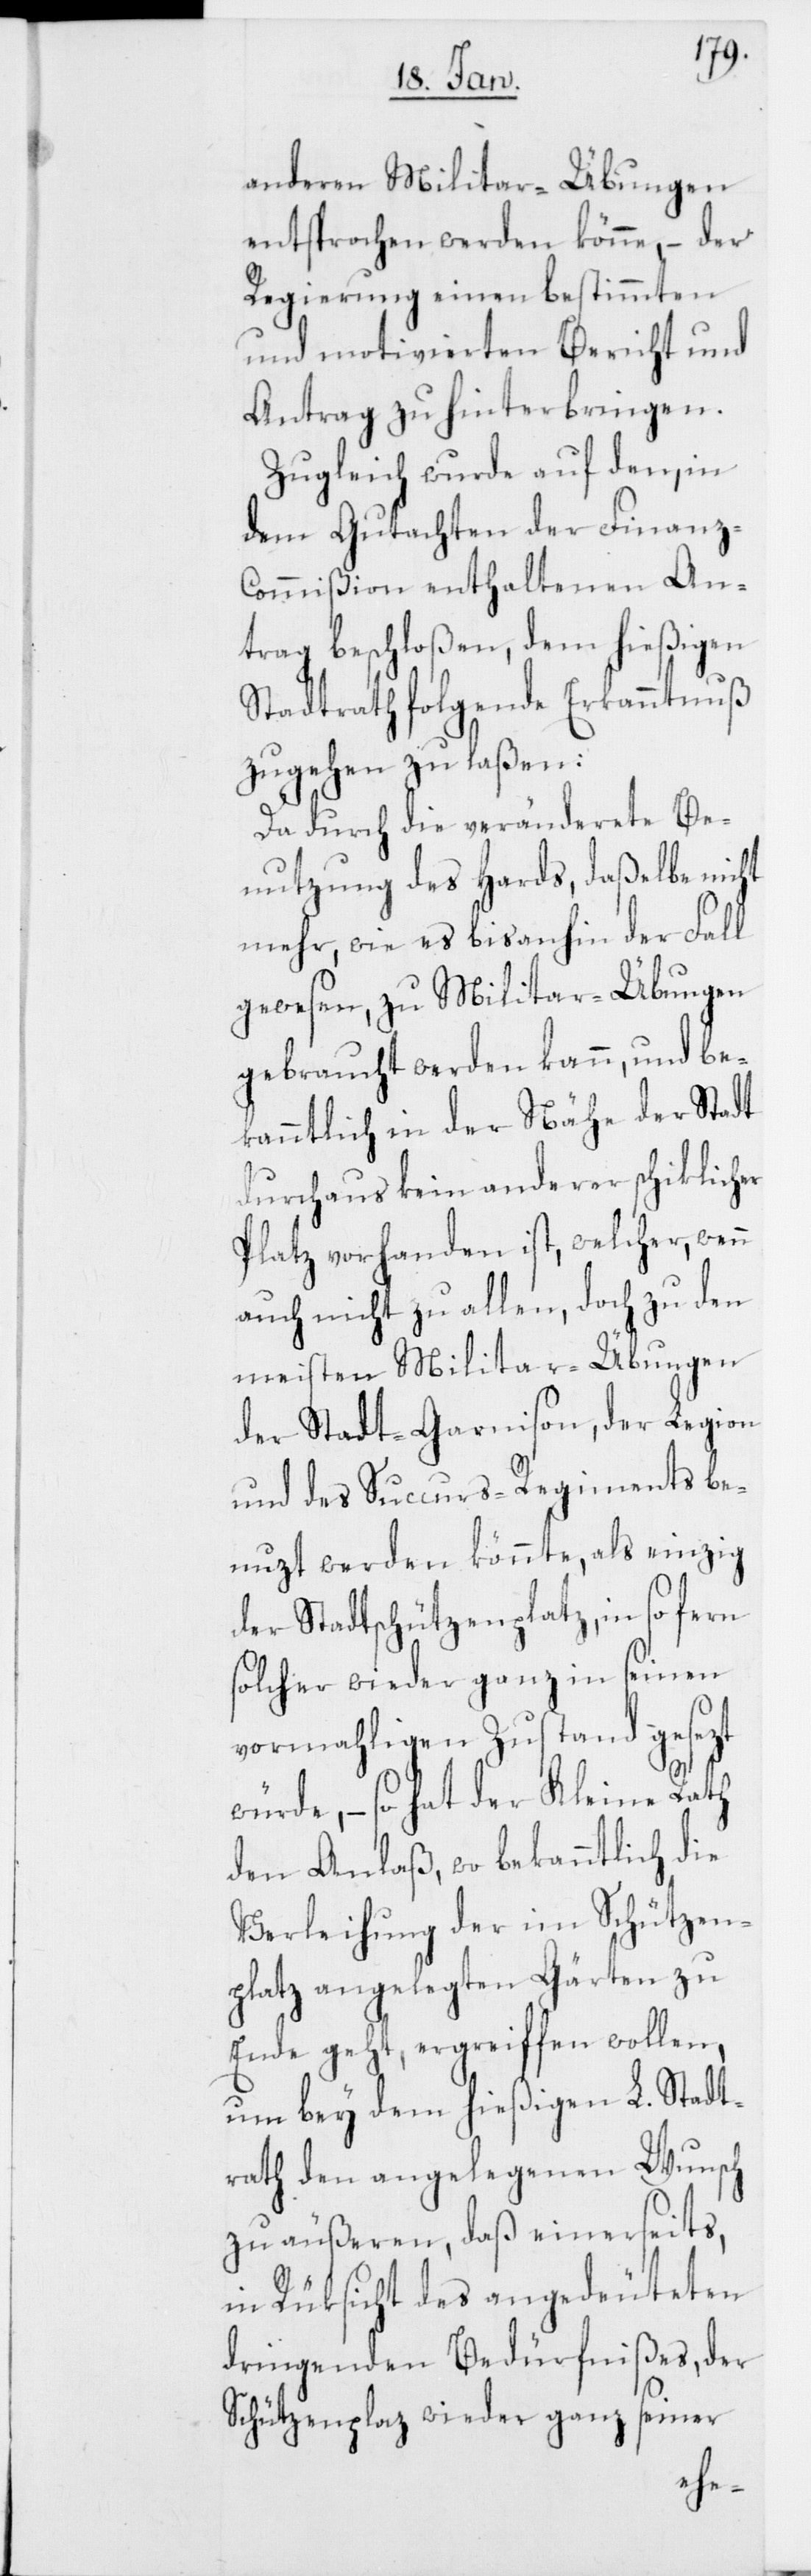
anderen Militar-Übungen
entsprochen werden könne, – der
Regierung einen bestimmten
und motivierten Bericht und
Antrag zu hinterbringen.
Zugleich wurde auf den, in
dem Gutachten der Finanz-C¬
ommißion enthaltenen An¬
trag beschloßen, dem hießigen
Stadtrath folgende Erkanntnuß
zugehen zu laßen:
Da durch die veränderete Be¬
nutzung des Hards, daßelbe nicht
mehr, wie es bisanhin der Fall
gewesen, zu Militar-Übungen
gebraucht werden kann, und be¬
kanntlich in der Nähe der Stadt
durchaus kein anderer schiklicher
Platz vorhanden ist, welcher, wenn
auch nicht zu allen, doch zu den
meisten Militar-Übungen
der Stadt-Garnison, der Legion
und des Succurs-Regiments be¬
nuzt werden könnte, als einzig
der Stadtschützenplatz, in so fern
solcher wieder ganz in seinen
vormahligen Zustand gesezt
würde, – so hat der Kleine Rath
den Anlaß, wo bekanntlich die
Verleihung der im Schützen¬
zu
platz angelegten Gärten
Ende geht, ergreiffen wollen,
um bey dem hießigen L. Stadt¬
rath den angelegenen Wunsch
zu äußeren, daß einerseits,
in Rüksicht des angedeuteten
dringenden Bedürfnißes, der
Schützenplaz wieder ganz seiner